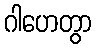
ဂါဟေတွာ